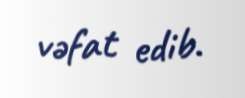
vəfat edib.